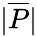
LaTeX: |\overline{{P}}|